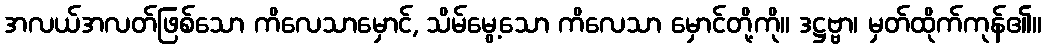
အလယ်အလတ်ဖြစ်သော ကိလေသာမှောင်, သိမ်မွေ့သော ကိလေသာ မှောင်တို့ကို။ ဒဋ္ဌဗ္ဗာ၊ မှတ်ထိုက်ကုန်၏။